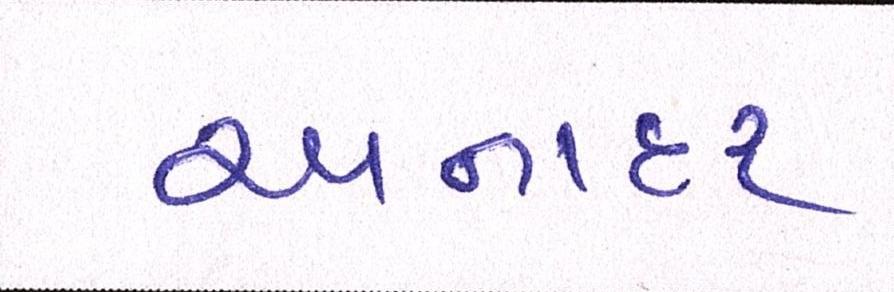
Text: અનાદર